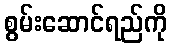
စွမ်းဆောင်ရည်ကို